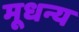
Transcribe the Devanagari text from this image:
मूधन्य